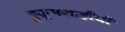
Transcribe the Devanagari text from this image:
हुकूमशाहीची